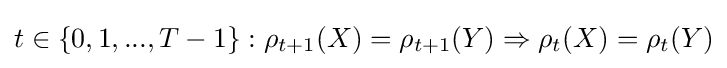
t\in \{0,1,...,T-1\}:\rho _{t+1}(X)=\rho _{t+1}(Y)\Rightarrow \rho _{t}(X)=\rho _{t}(Y)